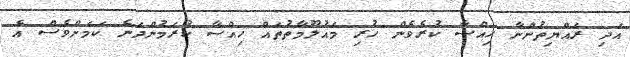
އަދި ރައްޔިތުންނާ ހިއްސާ ކުރެވެން ހުރި މައުލޫމާތުތައް ހިއްސާ ކުރަމުންދަނެ ކަމަށްވެސް އެ